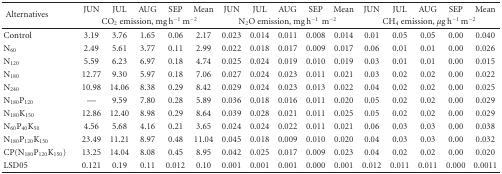
<table><thead><tr><td rowspan="2"><b> Alternatives</b></td><td><b>JUN</b></td><td><b>JUL</b></td><td><b>AUG</b></td><td><b>SEP</b></td><td><b>Mean</b></td><td><b>JUN</b></td><td><b>JUL</b></td><td><b>AUG</b></td><td><b>SEP</b></td><td><b>Mean</b></td><td><b>JUN</b></td><td><b>JUL</b></td><td><b>AUG</b></td><td><b>SEP</b></td><td><b>Mean</b></td></tr><tr><td colspan="5"><b>CO<sub>2</sub> emission, mg h<sup>−1</sup> m<sup>−2</sup></b></td><td colspan="5"><b>N<sub>2</sub>O emission, mg h<sup>−1</sup>m<sup>−2</sup></b></td><td colspan="5"><b>CH<sub>4 </sub> emission, <i>μ</i>g h<sup>−1</sup> m<sup>−2</sup></b></td></tr></thead><tbody><tr><td>Control</td><td>3.19</td><td>3.76</td><td>1.65</td><td>0.06</td><td>2.17</td><td>0.023</td><td>0.014</td><td>0.011</td><td>0.008</td><td>0.014</td><td>0.01</td><td>0.05</td><td>0.05</td><td>0.00</td><td>0.040</td></tr><tr><td>N<sub>60</sub></td><td>2.49</td><td>5.61</td><td>3.77</td><td>0.11</td><td>2.99</td><td>0.022</td><td>0.018</td><td>0.017</td><td>0.009</td><td>0.017</td><td>0.06</td><td>0.01</td><td>0.01</td><td>0.00</td><td>0.026</td></tr><tr><td>N<sub>120</sub></td><td>5.59</td><td>6.23</td><td>6.97</td><td>0.18</td><td>4.74</td><td>0.025</td><td>0.024</td><td>0.019</td><td>0.010</td><td>0.019</td><td>0.03</td><td>0.01</td><td>0.01</td><td>0.00</td><td>0.015</td></tr><tr><td>N<sub>180</sub></td><td>12.77</td><td>9.30</td><td>5.97</td><td>0.18</td><td>7.06</td><td>0.027</td><td>0.024</td><td>0.023</td><td>0.011</td><td>0.021</td><td>0.03</td><td>0.02</td><td>0.02</td><td>0.00</td><td>0.022</td></tr><tr><td>N<sub>240</sub></td><td>10.98</td><td>14.06</td><td>8.38</td><td>0.29</td><td>8.42</td><td>0.029</td><td>0.024</td><td>0.023</td><td>0.013</td><td>0.022</td><td>0.04</td><td>0.02</td><td>0.02</td><td>0.00</td><td>0.025</td></tr><tr><td>N<sub>180</sub>P<sub>120</sub></td><td>—</td><td>9.59</td><td>7.80</td><td>0.28</td><td>5.89</td><td>0.036</td><td>0.018</td><td>0.016</td><td>0.011</td><td>0.020</td><td>0.05</td><td>0.02</td><td>0.02</td><td>0.00</td><td>0.029</td></tr><tr><td> N<sub>180</sub>K<sub>150</sub></td><td>12.86</td><td>12.40</td><td>8.98</td><td>0.29</td><td>8.64</td><td>0.039</td><td>0.028</td><td>0.021</td><td>0.011</td><td>0.025</td><td>0.05</td><td>0.02</td><td>0.02</td><td>0.00</td><td>0.029</td></tr><tr><td>N<sub>60</sub>P<sub>40</sub>K<sub>50</sub></td><td>4.56</td><td>5.68</td><td>4.16</td><td>0.21</td><td>3.65</td><td>0.024</td><td>0.024</td><td>0.022</td><td>0.011</td><td>0.021</td><td>0.06</td><td>0.03</td><td>0.03</td><td>0.00</td><td>0.038</td></tr><tr><td>N<sub>180</sub>P<sub>120</sub>K<sub>150</sub></td><td>23.49</td><td>11.21</td><td>8.97</td><td>0.48</td><td>11.04</td><td>0.045</td><td>0.018</td><td>0.009</td><td>0.010</td><td>0.020</td><td>0.04</td><td>0.03</td><td>0.03</td><td>0.00</td><td>0.032</td></tr><tr><td>CP(N<sub>180</sub>P<sub>120</sub>K<sub>150</sub>)</td><td>13.25</td><td>14.04</td><td>8.08</td><td>0.45</td><td>8.95</td><td>0.042</td><td>0.025</td><td>0.017</td><td>0.009</td><td>0.023</td><td>0.04</td><td>0.02</td><td>0.02</td><td>0.00</td><td>0.020</td></tr><tr><td>LSD05</td><td>0.121</td><td>0.19</td><td>0.11</td><td>0.012</td><td>0.10</td><td>0.001</td><td>0.001</td><td>0.001</td><td>0.000</td><td>0.001</td><td>0.012</td><td>0.011</td><td>0.011</td><td>0.000</td><td>0.0011</td></tr></tbody></table>